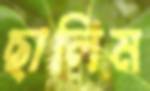
ছালিম